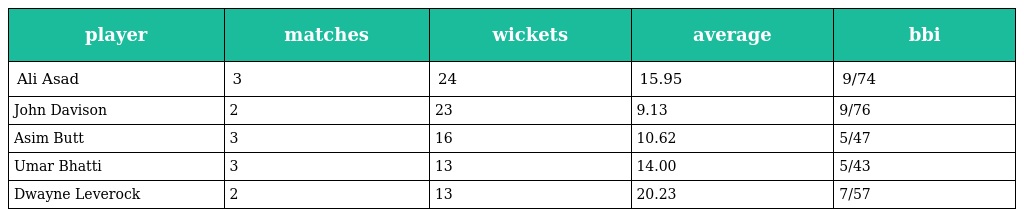
| player | matches | wickets | average | bbi |
 | --- | --- | --- | --- | --- |
 | Ali Asad | 3 | 24 | 15.95 | 9/74 |
 | John Davison | 2 | 23 | 9.13 | 9/76 |
 | Asim Butt | 3 | 16 | 10.62 | 5/47 |
 | Umar Bhatti | 3 | 13 | 14.00 | 5/43 |
 | Dwayne Leverock | 2 | 13 | 20.23 | 7/57 |